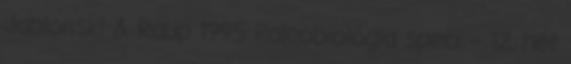
Jablonski & Raup 1995 Paleobiológia speci – 12. hét